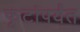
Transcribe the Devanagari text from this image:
फूटांपर्यंत